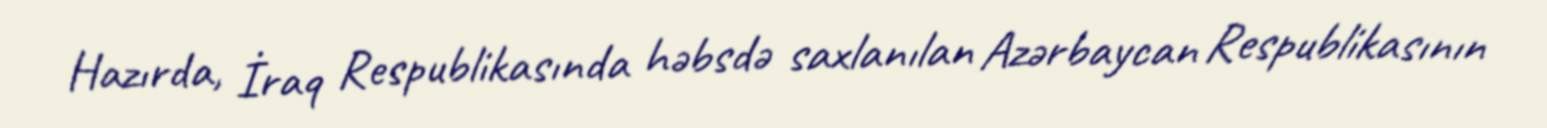
Hazırda, İraq Respublikasında həbsdə saxlanılan Azərbaycan Respublikasının